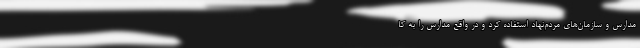
مدارس و سازمان‌هاي مردم‌نهاد استفاده كرد و در واقع مدارس را به كا